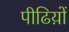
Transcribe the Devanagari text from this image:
पीढिय़ों